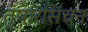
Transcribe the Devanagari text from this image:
तुषारसिंचन